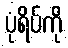
ပုံရိပ်ကို